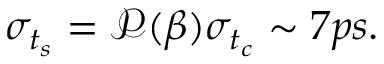
\sigma _ { t _ { s } } = \mathscr { P } ( \beta ) \sigma _ { t _ { c } } \sim 7 p s .